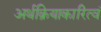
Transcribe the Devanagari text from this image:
अर्थक्रियाकारित्वं